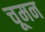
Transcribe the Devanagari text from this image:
चूमन